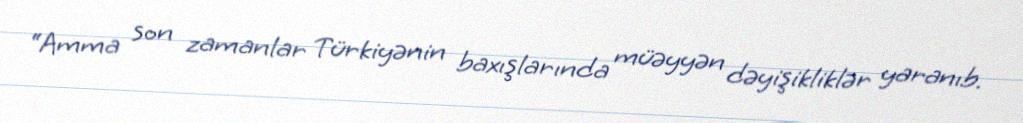
“Amma son zamanlar Türkiyənin baxışlarında müəyyən dəyişikliklər yaranıb.